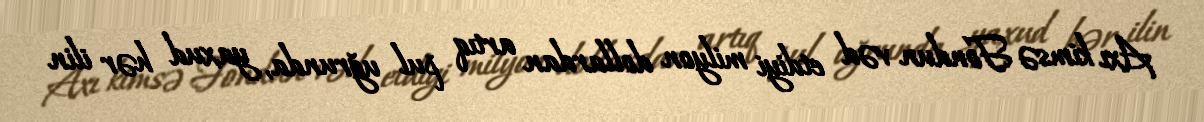
Axı kimsə Fondun vəd etdiyi milyon dollardan artıq pul uğrunda, yaxud hər ilin